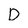
Character: D